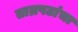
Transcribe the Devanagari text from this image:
ताम्रपटांचा